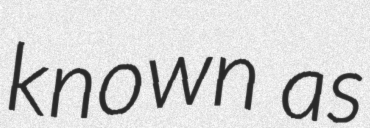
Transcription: known as